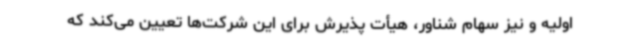
اولیه و نیز سهام شناور، هیأت پذیرش برای این شرکت‌ها تعیین می‌کند که